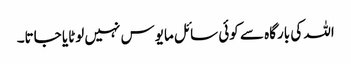
اللہ کی بارگاہ سے کوئی سائل مایوس نہیں لوٹایا جاتا۔